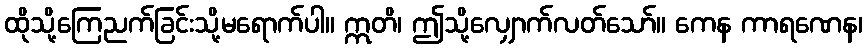
ထိုသို့ကြေညက်ခြင်းသို့မရောက်ပါ။ ဣတိ၊ ဤသို့လျှောက်လတ်သော်။ ကေန ကာရဏေန၊